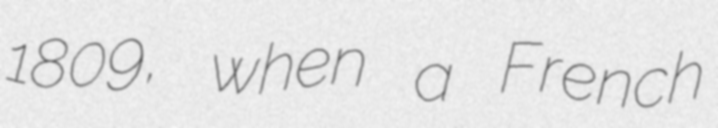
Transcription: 1809, when a French